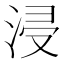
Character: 浸